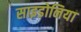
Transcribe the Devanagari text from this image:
साइडोनिया